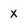
Character: x